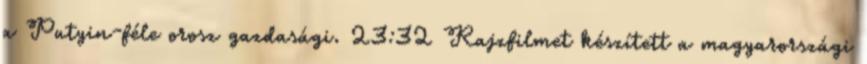
a Putyin-féle orosz gazdasági. 23:32 Rajzfilmet készített a magyarországi